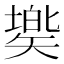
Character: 𥏷